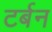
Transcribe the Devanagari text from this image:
टर्बन